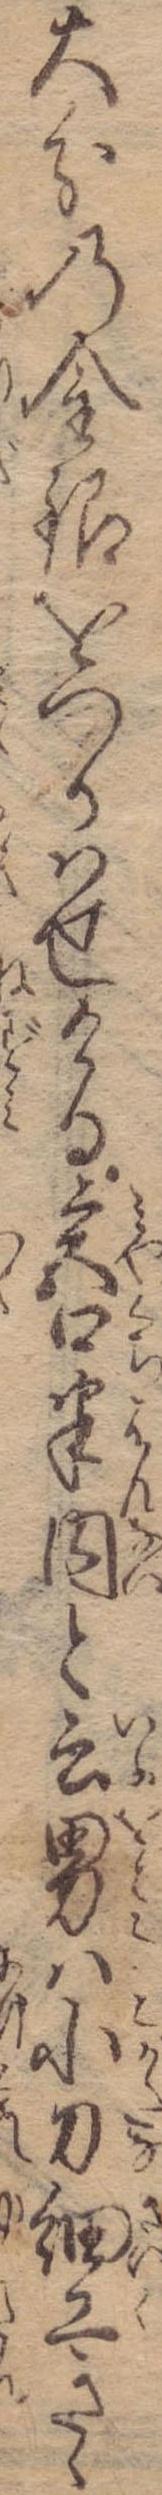
大分の金銀をつかはせける宮口半内と云男は小刀細工きゝ